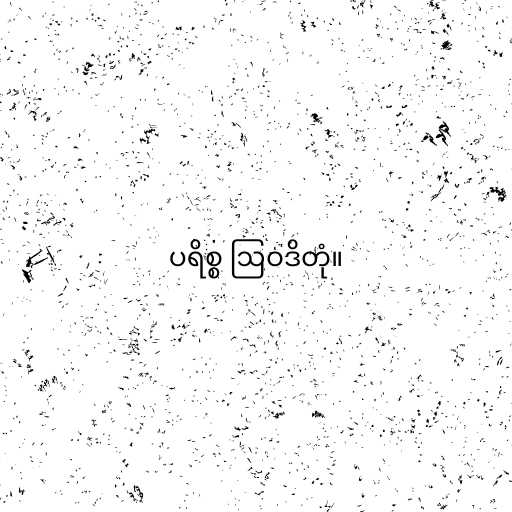
ပရိစ္စ ဩဝဒိတုံ။